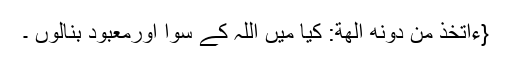
{ءَاَتَّخِذُ مِنْ دُوْنِهٖۤ اٰلِهَةً: کیا میں اللہ کے سوا اورمعبود بنالوں ۔